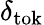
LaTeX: \delta_{\mathrm{tok}}